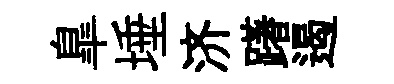
臯埵济躇遏